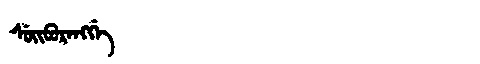
Manchu: ᠰᡠᡳᠪᡠᡵᡝᠩᡤᡝ
Romanization: SUIBURENGGE